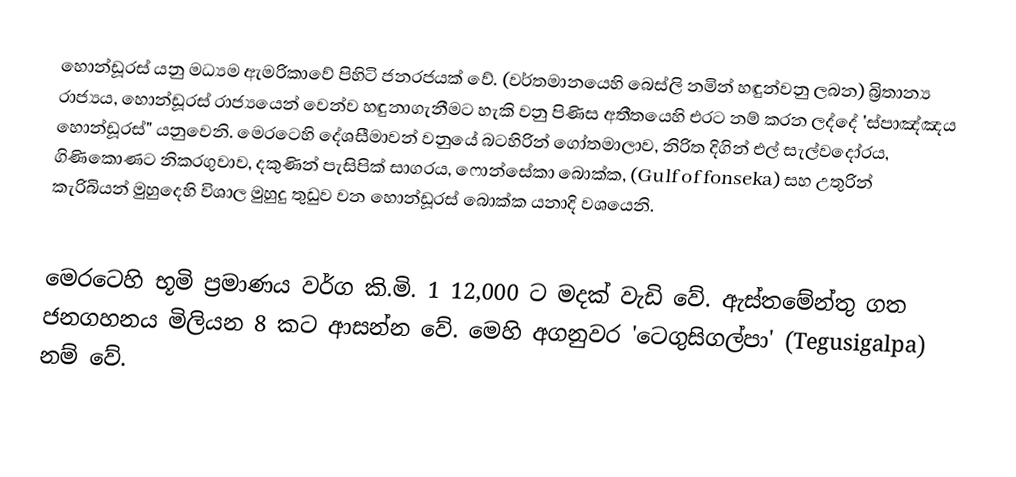
හොන්ඩූරස් යනු මධ්‍යම ඇමරිකාවේ පිහිටි ජනරජයක් වේ. (වර්තමානයෙහි බෙස්ලි නමින් හඳුන්වනු ලබන) බ්‍රිතාන්‍ය රාජ්‍යය, හොන්ඩූරස් රාජ්‍යයෙන් වෙන්ව හඳුනාගැනීමට හැකි වනු පිණිස අතීතයෙහි එරට නම් කරන ලද්දේ 'ස්පාඤ්ඤය හොන්ඩූරස්" යනුවෙනි. මෙරටෙහි දේශසීමාවන් වනුයේ  බටහිරින් ගෝතමාලාව, නිරිත දිගින් එල් සැල්වදෝරය, ගිණිකොණට නිකරගුවාව, දකුණින් පැසිපික් සාගරය, ෆොන්සේකා බොක්ක, (Gulf of  fonseka) සහ උතුරින් කැරිබියන් මුහුදෙහි විශාල මුහුදු තුඩුව වන හොන්ඩූරස් බොක්ක යනාදි වශයෙනි.

මෙරටෙහි භූමි ප්‍රමාණය වර්ග කි‍.මි. 1 12,000 ට මදක් වැඩි වේ. ඇස්තමේන්තු ගත ජනගහනය මිලියන  8 කට ආසන්න වේ. මෙහි අගනුවර ‍'ටෙගුසිගල්පා' (Tegusigalpa) නම් වේ.